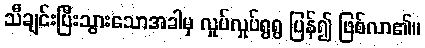
သီချင်းပြီးသွားသောအခါမှ လှုပ်လှုပ်ရွရွ ပြန်၍ ဖြစ်လာ၏။